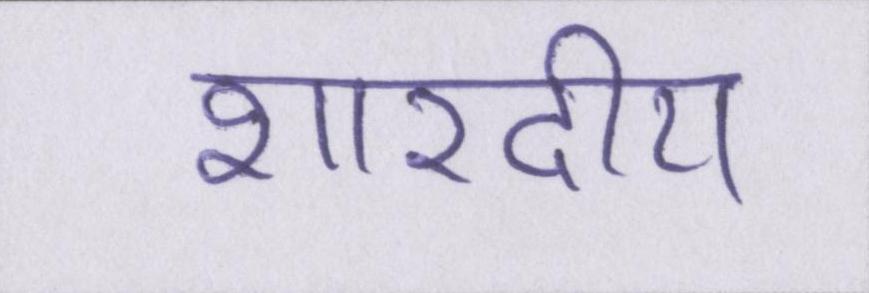
शारदीय